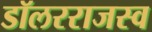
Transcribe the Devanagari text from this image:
डॉलरराजस्व